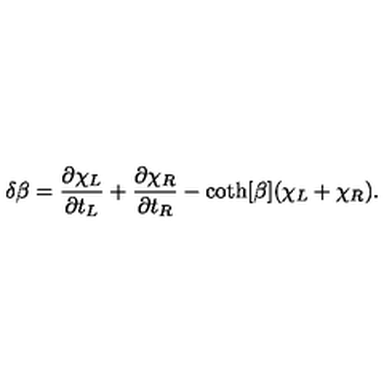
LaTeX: \delta \beta = \frac { \partial \chi _ { L } } { \partial t _ { L } } + \frac { \partial \chi _ { R } } { \partial t _ { R } } - \coth [ \beta ] ( \chi _ { L } + \chi _ { R } ) .